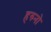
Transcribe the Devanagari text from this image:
हरुनो